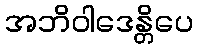
အဘိဝါဒေန္တိပေ